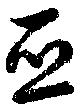
亞